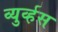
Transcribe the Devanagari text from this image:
व्युर्व्हस